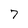
Character: 7